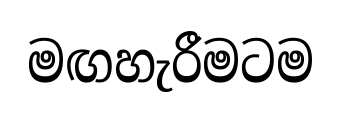
මඟහැරීමටම